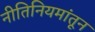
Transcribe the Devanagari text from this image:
नीतिनियमांतून